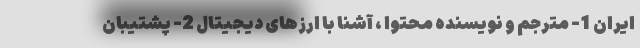
ایران 1- مترجم و نویسنده محتوا ، آشنا با ارزهای دیجیتال 2- پشتیبان